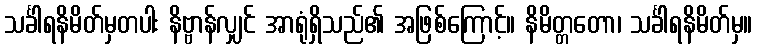
သင်္ခါရနိမိတ်မှတပါး နိဗ္ဗာန်လျှင် အာရုံရှိသည်၏ အဖြစ်ကြောင့်။ နိမိတ္တတော၊ သင်္ခါရနိမိတ်မှ။